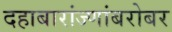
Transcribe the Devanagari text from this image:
दहाबारांज्णांबरोबर